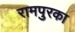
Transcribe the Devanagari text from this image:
रामपुरका